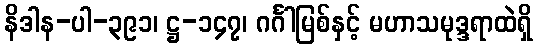
နိဒါန-ပါ-၃၉၁၊ ဋ္ဌ-၁၄၇၊ ဂင်္ဂါမြစ်နှင့် မဟာသမုဒ္ဒရာထဲရှိ